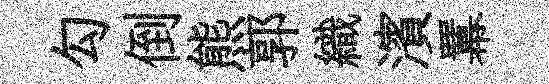
勾倒熊郭織濱羃